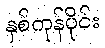
နှစ်ကုန်ပိုင်း